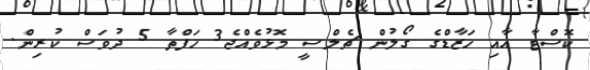
ކޮސްޓާ އާއި ހަޒާޑްގެ ގޯލުން ޗެލްސީ މޮޅުވެއްޖެ3 ހަފްތާ 5 ދުވަސް ކުރިން.